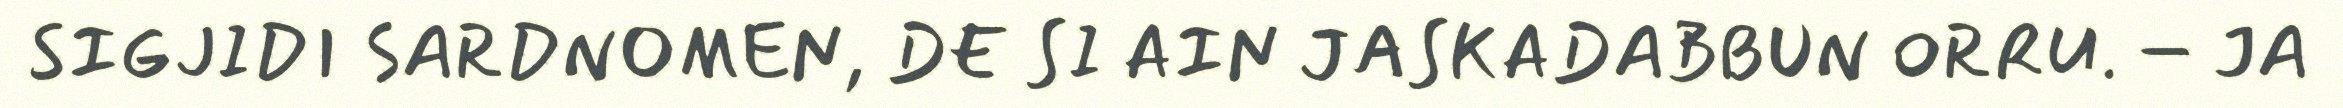
SIGJIDI SARDNOMEN, DE SI AIN JASKADABBUN ORRU. – JA